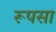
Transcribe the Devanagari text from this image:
रूपसा